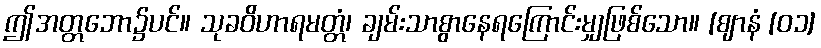
ဤအတ္တဘော၌ပင်။ သုခဝိဟာရမတ္တံ၊ ချမ်းသာစွာနေရကြောင်းမျှဖြစ်သော။ [ဈာနံ [၀၁]